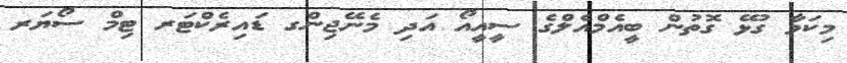
މިކަމާ ގުޅޭ ގޮތުން ބީއެމްއެލްގެ ސީއީއޯ އަދި މެނޭޖިންގ ޑައިރެކްޓަރ ޓިމް ސޯޔަރ